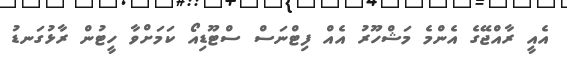
އެއީ ރާއްޖޭގެ އެންމެ މަޝްހޫރު އެއް ފިޓްނަސް ސްޓޫޑިއޯ ކަމަށްވާ ހީޓުން ރާޅުގަނޑު